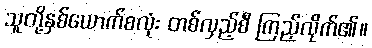
သူတို့နှစ်ယောက်စလုံး တစ်လှည့်စီ ကြည့်လိုက်၏။